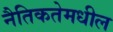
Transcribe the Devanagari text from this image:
नैतिकतेमधील